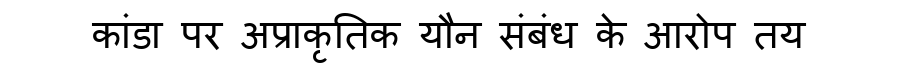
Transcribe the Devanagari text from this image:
कांडा पर अप्राकृतिक यौन संबंध के आरोप तय